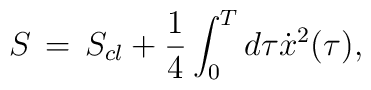
S\,=\,S_{cl}+{1\over 4}\int_0^Td\tau\dot{x}^2(\tau),